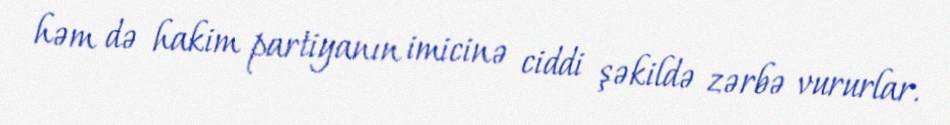
həm də hakim partiyanın imicinə ciddi şəkildə zərbə vururlar.